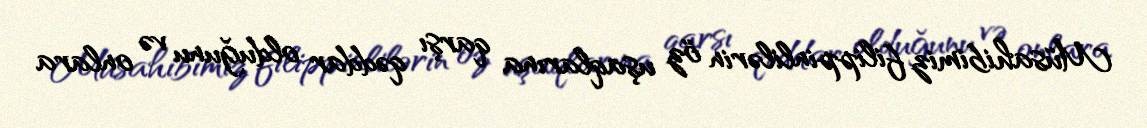
Müsahibimiz filippinlilərin öz uşaqlarına qarşı qəddar olduğunu və onlara